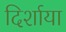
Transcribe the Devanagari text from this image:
दिर्शाया